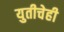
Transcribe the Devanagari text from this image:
युतीचेही